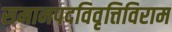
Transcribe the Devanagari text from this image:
समानपदविवृत्तिविराम